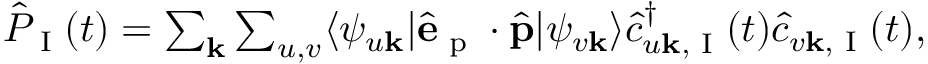
\begin{array} { r } { \hat { P } _ { \textrm { I } } ( t ) = \sum _ { \mathbf { k } } \sum _ { u , v } \langle \psi _ { u \mathbf { k } } | \hat { \mathbf { e } } _ { \textrm { p } } \cdot \hat { \mathbf { p } } | \psi _ { v \mathbf { k } } \rangle \hat { c } _ { u \mathbf { k } , \textrm { I } } ^ { \dagger } ( t ) \hat { c } _ { v \mathbf { k } , \textrm { I } } ( t ) , } \end{array}